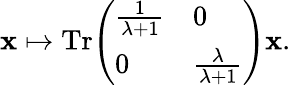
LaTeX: \mathbf{x}\mapsto\mathrm{{{Tr}}}{\left(\begin{array}{ll}{{\frac{1}{\lambda+1}}}&{0}\\ {0}&{{\frac{\lambda}{\lambda+1}}}\end{array}\right)}\mathbf{x}.